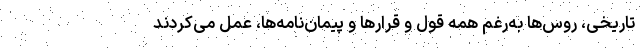
تاریخی، روس‌ها به‌رغم همه قول و قرارها و پیمان‌نامه‌ها، عمل می‌کردند